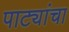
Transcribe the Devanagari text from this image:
पाट्यांचा